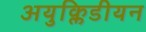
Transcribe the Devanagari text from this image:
अयुक्लिडीयन